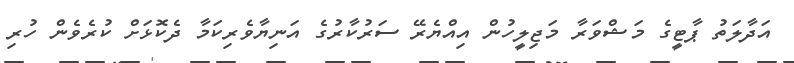
އަދާލަތު ޕާޓީގެ މަޝްވަރާ މަޖިލީހުން އިއްޔެރޭ ސަރުކާރުގެ އަނިޔާވެރިކަމާ ދެކޮޅަށް ކުރެވެން ހުރި